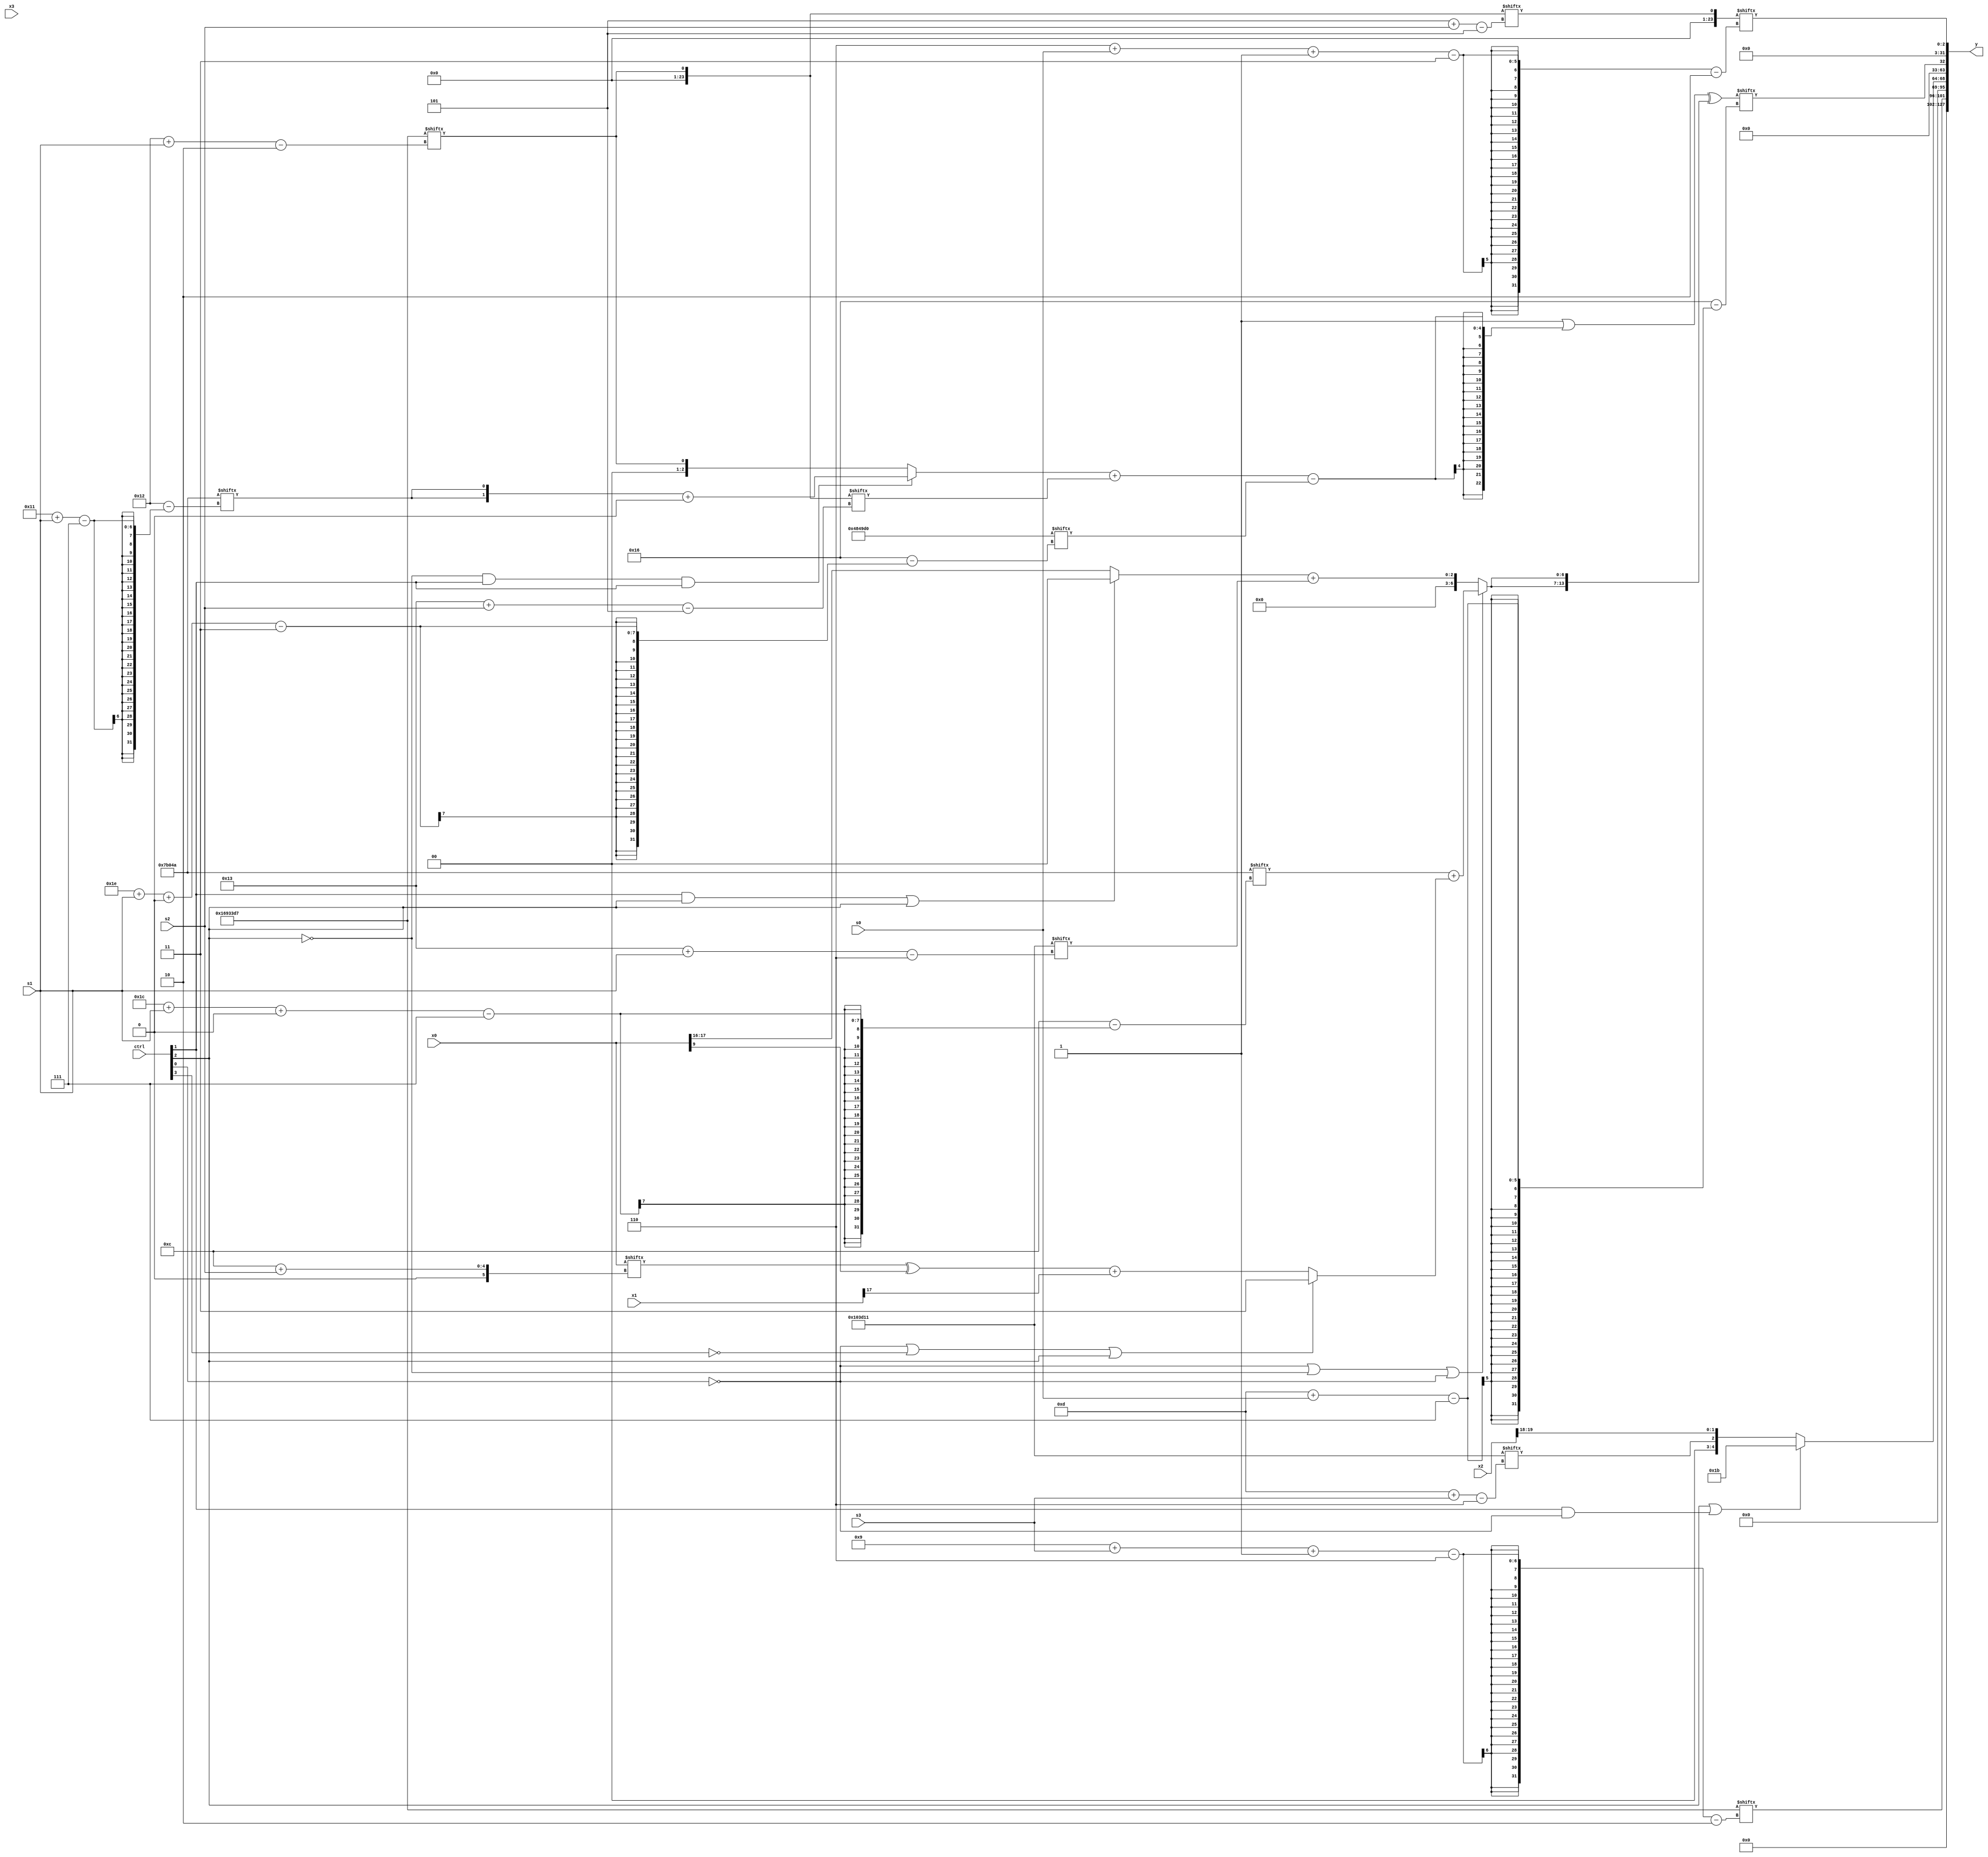
module partsel_00052(ctrl, s0, s1, s2, s3, x0, x1, x2, x3, y);
  input [3:0] ctrl;
  input [2:0] s0;
  input [2:0] s1;
  input [2:0] s2;
  input [2:0] s3;
  input [31:0] x0;
  input signed [31:0] x1;
  input signed [31:0] x2;
  input signed [31:0] x3;
  wire [4:31] x4;
  wire signed [28:5] x5;
  wire [7:24] x6;
  wire signed [7:29] x7;
  wire [6:29] x8;
  wire [25:1] x9;
  wire signed [31:2] x10;
  wire [26:6] x11;
  wire signed [4:31] x12;
  wire signed [25:2] x13;
  wire [31:6] x14;
  wire [29:5] x15;
  output [127:0] y;
  wire signed [31:0] y0;
  wire signed [31:0] y1;
  wire signed [31:0] y2;
  wire signed [31:0] y3;
  assign y = {y0,y1,y2,y3};
  localparam signed [3:26] p0 = 424167888;
  localparam [7:25] p1 = 440381514;
  localparam [26:2] p2 = 459879383;
  localparam [29:6] p3 = 789593361;
  assign x4 = {2{p0[14 -: 1]}};
  assign x5 = p2[18 + s1];
  assign x6 = ({2{p1[17 + s1]}} + x5[11]);
  assign x7 = ((p0[19] | (((!ctrl[2] && ctrl[1] && ctrl[1] ? x6 : x5) + x5[19 + s2]) - p0[30 + s1 +: 2])) ^ {2{(!ctrl[0] || !ctrl[2] || !ctrl[0] ? (p1[28 + s1 +: 7] + (!ctrl[0] || !ctrl[3] || ctrl[2] ? p3[16 +: 2] : ((x0[12 + s2] ^ x0[9]) + x1[17 +: 1]))) : ((ctrl[1] && ctrl[2] || ctrl[2] ? x6[11 +: 1] : x0[16 +: 2]) + p3[19 + s1]))}});
  assign x8 = {((((p2[11 +: 1] | p3[20]) | {p2[16 + s3], x0[9]}) - {2{x6[13 +: 4]}}) + (ctrl[0] || !ctrl[0] && ctrl[0] ? x3[16 + s2] : (x0[26 + s3 +: 5] - {2{x0[16 + s2]}}))), {x3, (p1 & x4[3 + s3 +: 8])}};
  assign x9 = (x1[20 -: 1] & (ctrl[2] && !ctrl[2] || !ctrl[1] ? {((x5[28 + s2 +: 4] + p0[1 + s2 -: 4]) ^ (p3 & x1)), x3[15 + s3 +: 4]} : x2));
  assign x10 = p2[5 + s3];
  assign x11 = x9;
  assign x12 = p3[6 + s3];
  assign x13 = x5[5 + s2];
  assign x14 = (ctrl[3] && !ctrl[1] || ctrl[3] ? (x8[14 + s1 -: 2] ^ p3) : p2[7 + s0 -: 3]);
  assign x15 = (ctrl[0] && ctrl[1] && ctrl[0] ? x13[2 + s3 -: 1] : {({2{(p0[2 + s0 -: 1] + p2[30 + s3 +: 3])}} | (ctrl[2] && !ctrl[1] && ctrl[3] ? {2{(p3[12 +: 1] | p1[9 + s2])}} : ((p3[20 -: 1] ^ p1) + x8))), {(p1[14] ^ x9[15 + s2]), (ctrl[2] && ctrl[3] && ctrl[2] ? p0[5 + s1] : (x12[18 +: 4] - (x3[18 +: 2] + x5[18 + s1])))}});
  assign y0 = p2[9 + s3 -: 6];
  assign y1 = (ctrl[2] || ctrl[1] && !ctrl[0] ? {2{p2[14 +: 3]}} : {p3[13 + s3], x2[19 -: 2]});
  assign y2 = x7[13 + s0];
  assign y3 = x13[6 + s0 -: 3];
endmodule